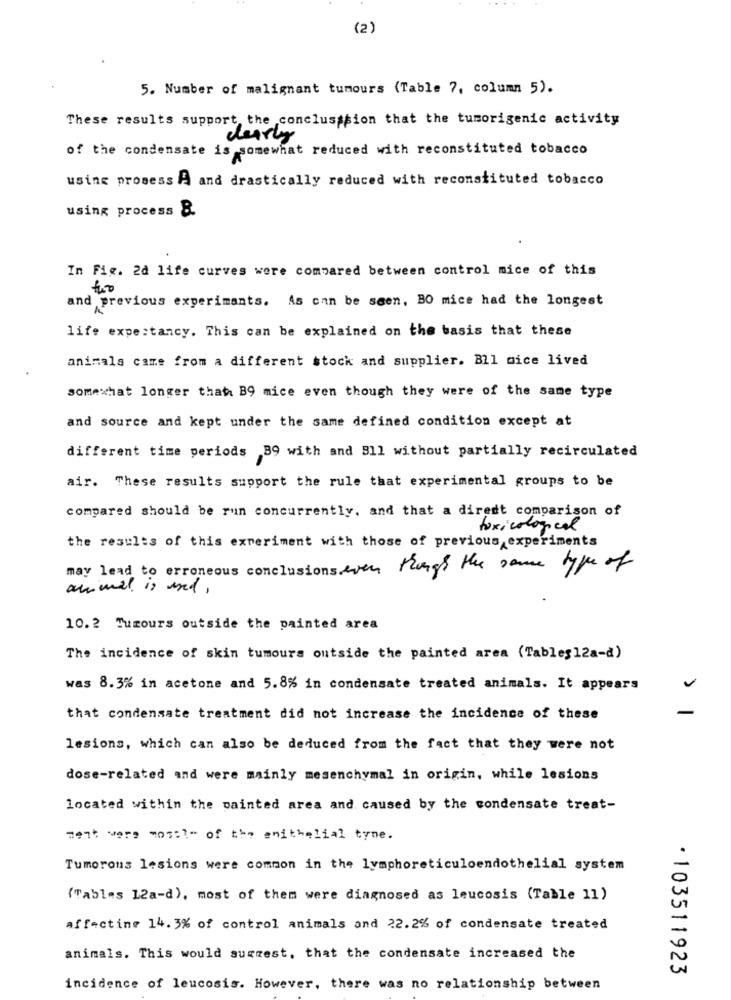
(2)
5. Number of malignant tumours (Table 7, column 5).
These results support the conclusssion that the tumorigenic activity
clearly
of the condensate is somewhat reduced with reconstituted tobacco
usine prosess A and drastically reduced with reconstituted tobacco
using process B.
In Fig. 2d life curves were compared between control mice of this
and previous experimants. As can be seen, BO mice had the longest
life expectancy. This can be explained on the basis that these
animals came from a different stock and supplier. Bll nice lived
somewhat longer that B9 mice even though they were of the same type
and source and kept under the same defined condition except at
different time periods 39 with and 311 without partially recirculated
air. These results support the rule that experimental groups to be
compared should be run concurrently, and that a diredt comparison of
toxicological
the results of this experiment with those of previous experiments
may lead to erroneous conclusions every things the same type of
animal is und,
10.2 Tumours outside the painted area
The incidence of skin tumours outside the painted area (Tables12a-d)
was 8.3% in acetone and 5.8% in condensate treated animals. It appears
that condensate treatment did not increase the incidence of these
lesions, which can also be deduced from the fact that they were not
dose-related and were mainly mesenchymal in origin, while lesions
located within the painted area and caused by the condensate treat-
meat vero most?" of the enithelial tyme.
Tumorous lesions were common in the lymphoreticuloendothelial system
(Tablas 12a-d), most of them were diagnosed as leucosis (Table 11)
affecting 14. 3% of control animals and 22.2% of condensate treated
animals. This would suggest, that the condensate increased the
· 103511923
incidence of leucosis. However, there was no relationship between